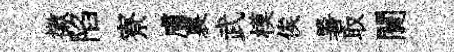
徽陷寮膚裏武模俟暑取闤